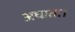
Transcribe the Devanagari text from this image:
अघाता।